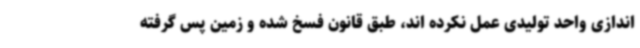
اندازی واحد تولیدی عمل نکرده اند، طبق قانون فسخ شده و زمین پس گرفته